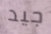
جيد